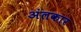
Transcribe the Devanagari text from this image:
अंलकार